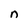
Character: n